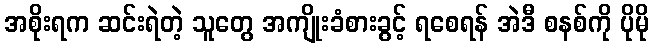
အစိုးရက ဆင်းရဲတဲ့ သူတွေ အကျိုးခံစားခွင့် ရစေရန် အဲဒီ စနစ်ကို ပိုမို